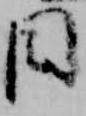
目